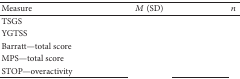
<table><thead><tr><td><b>Measure</b></td><td><b><i>M</i> (SD)</b></td><td><b><i>n</i></b></td></tr></thead><tbody><tr><td>TSGS</td><td>[EMPTY_CELL]</td><td>[EMPTY_CELL]</td></tr><tr><td>YGTSS</td><td>[EMPTY_CELL]</td><td>[EMPTY_CELL]</td></tr><tr><td>Barratt—total score</td><td>[EMPTY_CELL]</td><td>[EMPTY_CELL]</td></tr><tr><td>MPS—total score</td><td>[EMPTY_CELL]</td><td>[EMPTY_CELL]</td></tr><tr><td>STOP—overactivity</td><td>[EMPTY_CELL]</td><td>[EMPTY_CELL]</td></tr></tbody></table>